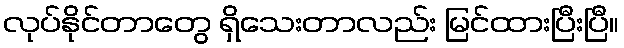
လုပ်နိုင်တာတွေ ရှိသေးတာလည်း မြင်ထားပြီးပြီ။